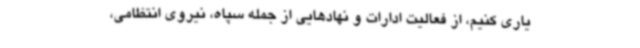
یاری کنیم، از فعالیت ادارات و نهادهایی از جمله سپاه، نیروی انتظامی،